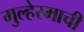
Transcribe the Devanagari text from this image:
मुल्हेरमाची